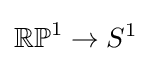
\mathbb {RP} ^{1}\to S^{1}